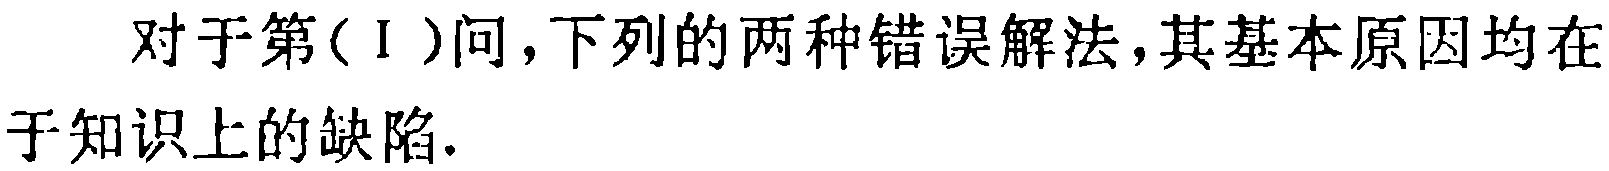
对于第(Ⅰ)问,下列的两种错误解法,其基本原因均在于知识上的缺陷.